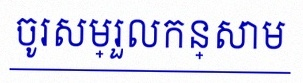
ចូរសម្រួលកន្សោម